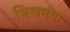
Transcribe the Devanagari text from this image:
भिखमंगा